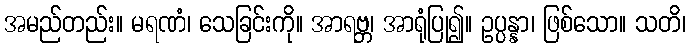
အမည်တည်း။ မရဏံ၊ သေခြင်းကို။ အာရဗ္ဘ၊ အာရုံပြု၍။ ဥပ္ပန္နာ၊ ဖြစ်သော။ သတိ၊